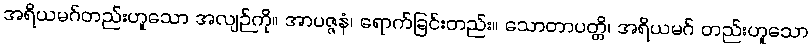
အရိယမဂ်တည်းဟူသော အလျဉ်ကို။ အာပဇ္ဇနံ၊ ရောက်ခြင်းတည်း။ သောတာပတ္တိ၊ အရိယမဂ် တည်းဟူသော